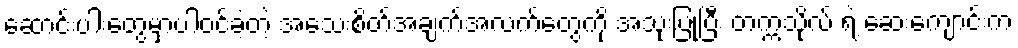
ဆောင်းပါးတွေမှာပါဝင်ခဲ့တဲ့ အသေးစိတ်အချက်အလက်တွေကို အသုံးပြုပြီး တက္ကသိုလ် ရဲ့ ဆေးကျောင်းက